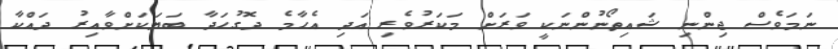
ނަމަވެސް ޖިންނި ޝައިތޯނުންނަކީ ވަރަށް މަކަރުވެރި އަދި އެހާމެ ދޮގުހަދާ ބަޔަކަށްވާއިރު ދައްކާ